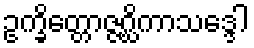
ဥက္ခိတ္တောဇ္ဇဂ္ဃိကာသဒ္ဒေါ